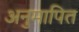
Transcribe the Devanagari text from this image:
अनुमापित